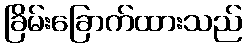
ခြိမ်းခြောက်ထားသည်